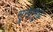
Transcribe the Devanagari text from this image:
सुखामुळे